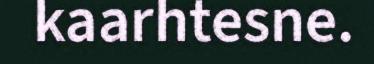
kaarhtesne.